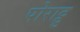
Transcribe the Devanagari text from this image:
पोराट्टु